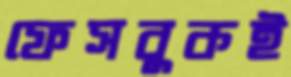
ফেসবুকই